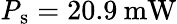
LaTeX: \mathrm{\mathit{P}_{s}}=20.9\: \mathrm{mW}